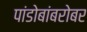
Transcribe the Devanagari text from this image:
पांडोबांबरोबर